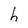
Character: h